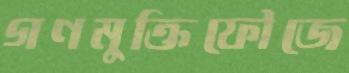
গণমুক্তিফৌজে